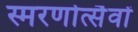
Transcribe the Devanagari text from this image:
स्मरणोत्सैवों